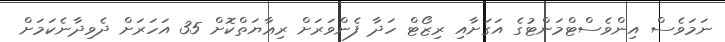
ނަމަވެސް އިންވެސްޓްމަންޓުގެ އަގަށާއި ރިޒޯޓް ހަދާ ފެންވަރަށް ރިޢާޔަތްކޮށް 35 އަހަރަށް ދެވިދާނެކަމަށް